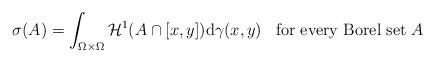
LaTeX: \begin{align*}\sigma(A)=\int_{\Omega \times \Omega} \mathcal{H}^1(A \cap [x,y])\mathrm{d}\gamma(x,y)\;\;\;\mbox{for every Borel set}\;A\end{align*}